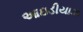
આઇડીયાઝ